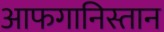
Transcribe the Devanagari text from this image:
आफगानिस्तान